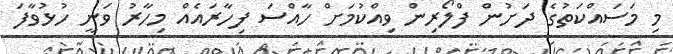
މި މަސައްކަތުގެ ދަށުން ފްލޯރިން ވިއްކުމަށް ހާއްސަ ފިހާރައެއް މިހާރު ވަނީ ހުޅުވާފަ